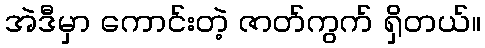
အဲဒီမှာ ကောင်းတဲ့ ဇာတ်ကွက် ရှိတယ်။